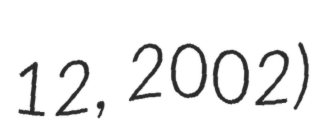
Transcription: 12, 2002)